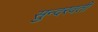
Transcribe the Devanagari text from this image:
सुन्दरवती